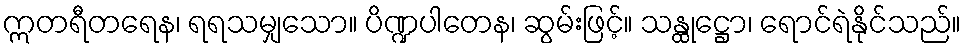
ဣတရီတရေန၊ ရရသမျှသော။ ပိဏ္ဍပါတေန၊ ဆွမ်းဖြင့်။ သန္ထုဋ္ဌော၊ ရောင်ရဲနိုင်သည်။